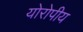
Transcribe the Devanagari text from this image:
योरोपीय